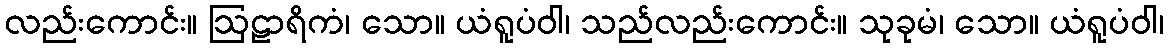
လည်းကောင်း။ ဩဠာရိကံ၊ သော။ ယံရူပံဝါ၊ သည်လည်းကောင်း။ သုခုမံ၊ သော။ ယံရူပံဝါ၊